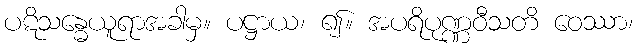
ပဋိသန္ဓေယူရာအခါမှ။ ပဋ္ဌာယ၊ ၍။ အပရိပုဏ္ဏဝီသတိ ဝေဿာ၊